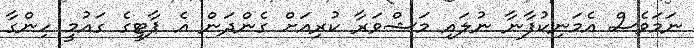
ނަމަވެސް އެމަނިކުފާނާ ނުލައި މަޝްވަރާ ކުރިއަށް ގެންދަން އެ ޕާޓީގެ ގައުމީ ހިންގާ